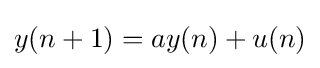
y(n+1)=ay(n)+u(n)